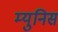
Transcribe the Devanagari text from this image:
म्युनिस